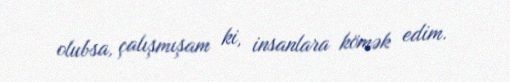
olubsa, çalışmışam ki, insanlara kömək edim.